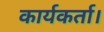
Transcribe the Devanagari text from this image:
कार्यकर्ता।